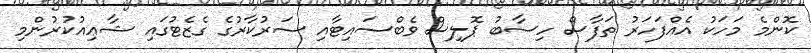
ކޮންމެ މަހަކު އެއްފަހަރު ތަފާސް ހިސާބު ޕޮލިސް ވެބްސައިޓާއި ސަރުކާރުގެ ގެޒެޓުގައި ޝާޢިއުކުރުންމި